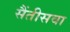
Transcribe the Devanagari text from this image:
सैंतीसवा